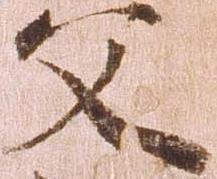
文